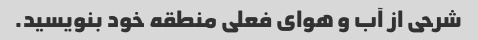
شرحی از آب و هوای فعلی منطقه خود بنویسید.